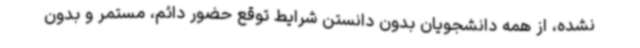
نشده، از همه دانشجویان بدون دانستن شرایط توقع حضور دائم، مستمر و بدون